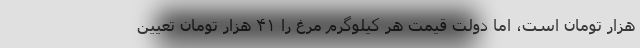
هزار تومان است، اما دولت قیمت هر کیلوگرم مرغ را ۴۱ هزار تومان تعیین